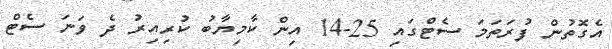
އެގޮތުން ފުރަތަމަ ސެޓްގައި 25-14 އިން ކާމިޔާބު ކުރިއިރު ދެ ވަނަ ސެޓް